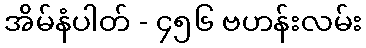
အိမ်နံပါတ် - ၄၅၆ ဗဟန်းလမ်း